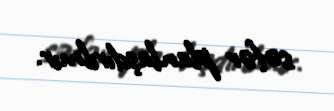
səfər planlaşdırılmır.